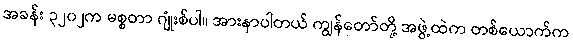
အခန်း ၃၂၀၂က မစ္စတာ ဂျုံးစ်ပါ။ အားနာပါတယ် ကျွန်တော်တို့ အဖွဲ့ထဲက တစ်ယောက်က